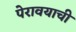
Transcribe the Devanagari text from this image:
पेरावयाची